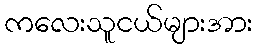
ကလေးသူငယ်များအား